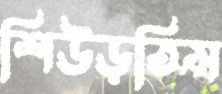
শিউড়তিস